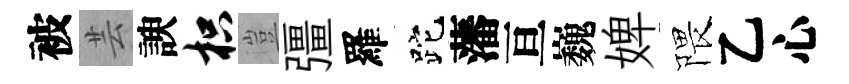
被芸諛枳豈彊羅跎藩亘巍婢隈乙心